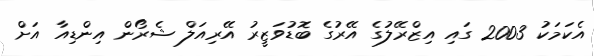
އެކަމަކު 2003 ގައި އިޒްރޭލުގެ އޭރުގެ ބޮޑުވަޒީރު އޭރިއަލް ޝެރޯން އިންޑިއާ އަށް